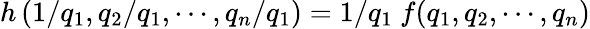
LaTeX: h\left(1/q_{1},q_{2}/q_{1},\cdots,q_{n}/q_{1}\right)=1/q_{1}\ f(q_{1},q_{2},\cdots,q_{n})